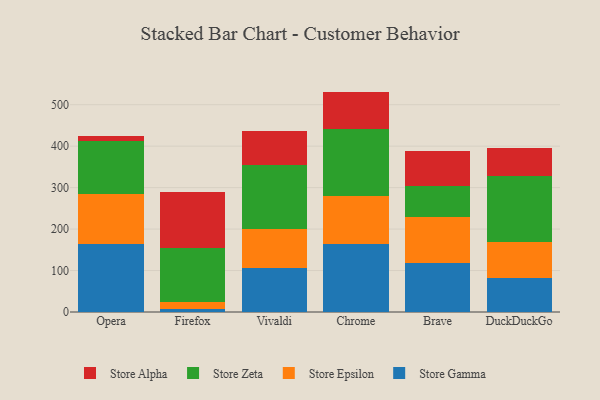
{"axis": {"x": "Browser", "y": "Revenue (USD Million)"}, "legend": ["Store Alpha", "Store Epsilon", "Store Gamma", "Store Zeta"], "data": [{"x": "Opera", "y": 164.7, "type": "Store Gamma"}, {"x": "Opera", "y": 118.8, "type": "Store Epsilon"}, {"x": "Opera", "y": 128.2, "type": "Store Zeta"}, {"x": "Opera", "y": 13.4, "type": "Store Alpha"}, {"x": "Firefox", "y": 6.4, "type": "Store Gamma"}, {"x": "Firefox", "y": 16.6, "type": "Store Epsilon"}, {"x": "Firefox", "y": 130.5, "type": "Store Zeta"}, {"x": "Firefox", "y": 136.7, "type": "Store Alpha"}, {"x": "Vivaldi", "y": 106.6, "type": "Store Gamma"}, {"x": "Vivaldi", "y": 94.5, "type": "Store Epsilon"}, {"x": "Vivaldi", "y": 154.4, "type": "Store Zeta"}, {"x": "Vivaldi", "y": 81.9, "type": "Store Alpha"}, {"x": "Chrome", "y": 163.6, "type": "Store Gamma"}, {"x": "Chrome", "y": 115.7, "type": "Store Epsilon"}, {"x": "Chrome", "y": 162.2, "type": "Store Zeta"}, {"x": "Chrome", "y": 90.1, "type": "Store Alpha"}, {"x": "Brave", "y": 117.9, "type": "Store Gamma"}, {"x": "Brave", "y": 110.3, "type": "Store Epsilon"}, {"x": "Brave", "y": 76.1, "type": "Store Zeta"}, {"x": "Brave", "y": 84.2, "type": "Store Alpha"}, {"x": "DuckDuckGo", "y": 81.8, "type": "Store Gamma"}, {"x": "DuckDuckGo", "y": 87.5, "type": "Store Epsilon"}, {"x": "DuckDuckGo", "y": 159.5, "type": "Store Zeta"}, {"x": "DuckDuckGo", "y": 66.3, "type": "Store Alpha"}]}